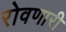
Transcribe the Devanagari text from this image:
रोवणारी